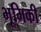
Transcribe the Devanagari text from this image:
भूमिकी